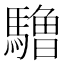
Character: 𱄱